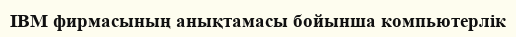
IBM фирмасының анықтамасы бойынша компьютерлік